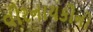
વીરનાયકોનો